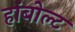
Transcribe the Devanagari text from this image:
हांबोल्ट